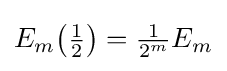
E_{m}{\big (}{\tfrac {1}{2}}{\big )}={\tfrac {1}{2^{m}}}E_{m}